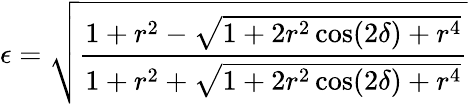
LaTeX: \epsilon=\sqrt{\frac{1+r^{2}-\sqrt{1+2r^{2}\cos(2\delta)+r^{4}}}{1+r^{2}+\sqrt{1+2r^{2}\cos(2\delta)+r^{4}}}}